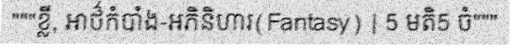
"""ខ្លី, អាថ៌កំបាំង-អភិនិហារ(Fantasy) | 5 មតិ5 ចំ"""